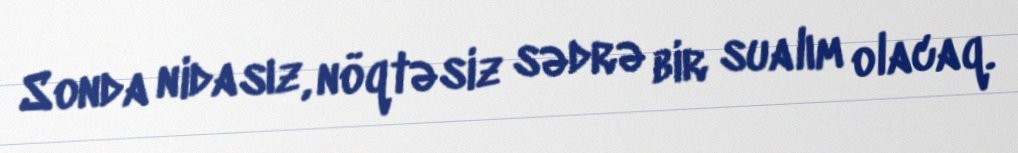
Sonda nidasız, nöqtəsiz sədrə bir sualım olacaq.